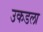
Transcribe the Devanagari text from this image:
उकडला